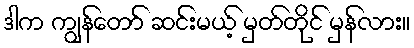
ဒါက ကျွန်တော် ဆင်းမယ့် မှတ်တိုင် မှန်လား။